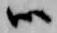
候